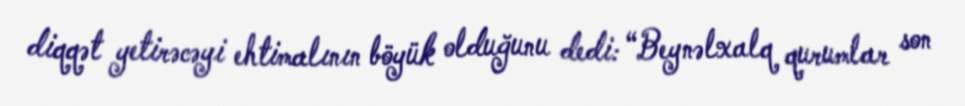
diqqət yetirəcəyi ehtimalının böyük olduğunu dedi: “Beynəlxalq qurumlar son